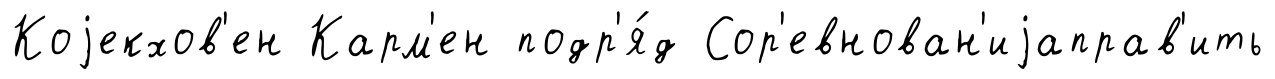
Коjекхов'ен Карм'ен подр'я́д Сор'евнован'иjаправ'ить